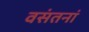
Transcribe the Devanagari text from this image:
वसंतनां